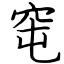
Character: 窀